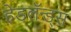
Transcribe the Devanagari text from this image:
हेडलॅन्ड्‌स